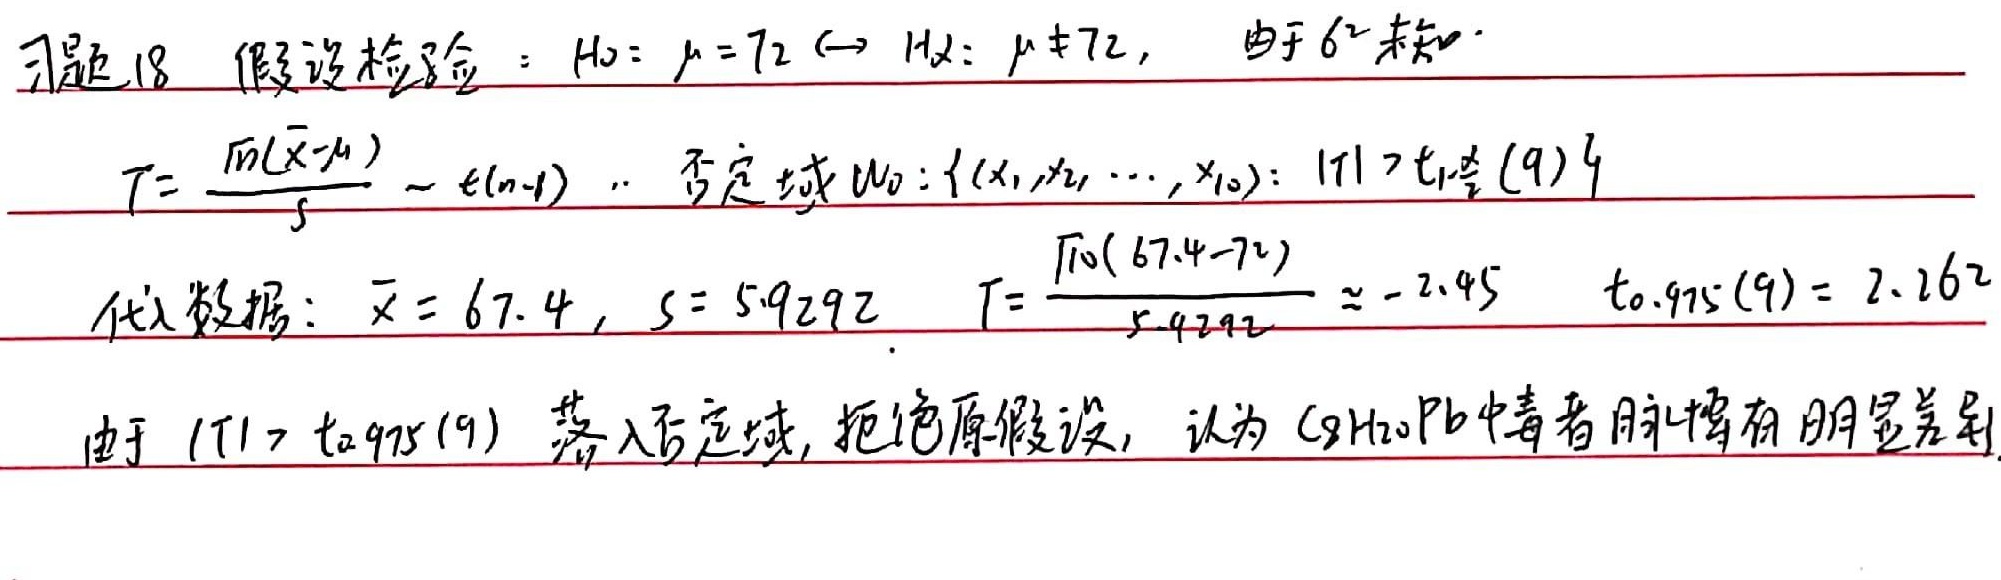
习题18 假设检验：\(H_0:\mu = 72\longleftrightarrow H_1:\mu\neq72\)，由于 \(\sigma^2\) 未知，\(T=\frac{\sqrt{n}(\overline{X}-\mu)}{S}\sim t(n - 1)\) 。
\(\cdots\) 否定域 \(W_0:\{(x_1,x_2,\cdots,x_{10}):|T|>t_{1-\frac{\alpha}{2}}(9)\}\)
代入数据：\(\overline{x}=67.4\)，\(S = 5.9292\)
\(T=\frac{\sqrt{10}(67.4 - 72)}{5.9292}\approx - 2.45\)
\(t_{0.975}(9)=2.262\)
由于 \(|T|>t_{0.975}(9)\) 落入否定域，拒绝原假设，认为 \(\text{C}_9\text{H}_{20}\text{Pb}\) 中毒者脉搏有明显差别。